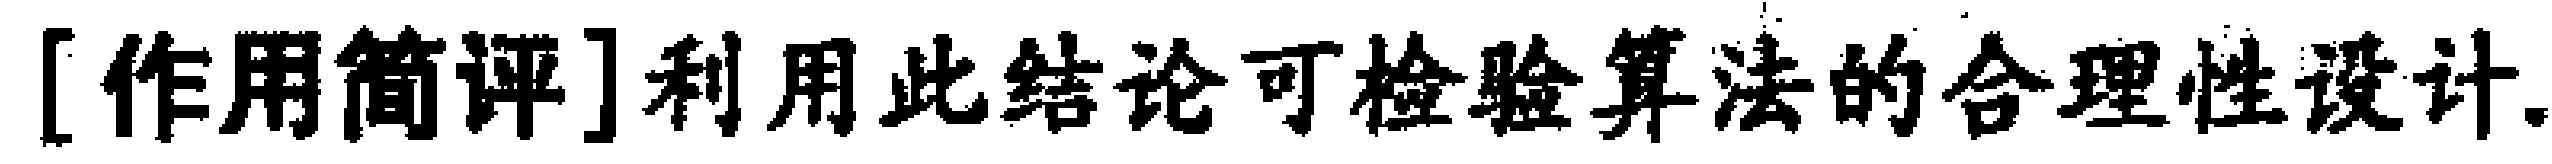
[作用简评]利用此结论可检验算法的合理性设计.